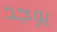
يوجد